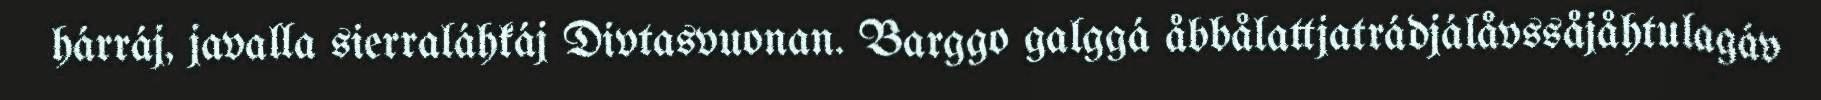
hárráj, javalla sierraláhkáj Divtasvuonan. Barggo galggá åbbålattjatrádjálåvssåjåhtulagáv